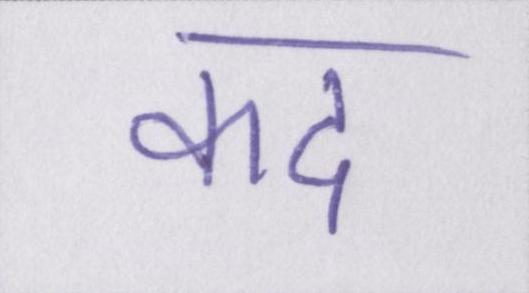
कद